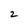
Character: 2